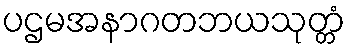
ပဌမအနာဂတဘယသုတ္တံ